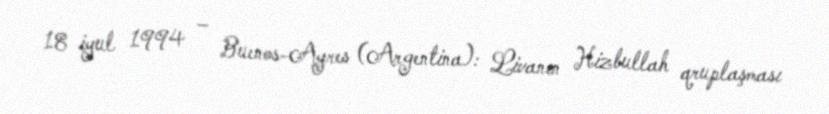
18 iyul 1994 – Buenos-Ayres (Argentina): Livanın Hizbullah qruplaşması